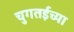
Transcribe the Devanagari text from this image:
चुगतईच्या